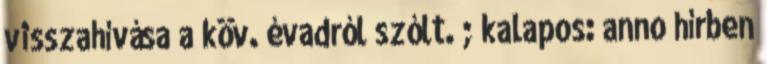
visszahívása a köv. évadról szólt. ; kalapos: anno hírben